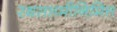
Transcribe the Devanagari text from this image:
रथसप्तमीनिमित्त